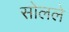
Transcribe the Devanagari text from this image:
सोलले